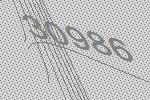
30986